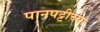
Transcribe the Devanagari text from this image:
पानपट्टीच्या